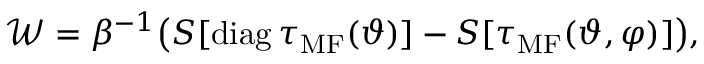
\mathcal { W } = \beta ^ { - 1 } \big ( S [ \mathrm { d i a g } \, \tau _ { \mathrm { M F } } ( \vartheta ) ] - S [ \tau _ { \mathrm { M F } } ( \vartheta , \varphi ) ] \big ) ,